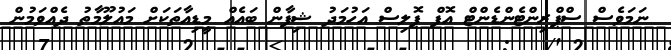
ނަމަވެސް ސްޕްރިންޓެންޑެންޓް އޮފް ޕޮލިސް އަހުމަދު ޝިފާން ބައެއް މީޑިއާތަކަށް މައުލޫމާތު ދެއްވަމުން